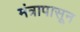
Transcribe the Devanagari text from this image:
मंत्रापासून